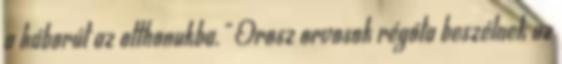
a háborút az otthonukba." Orosz orvosok régóta beszélnek az